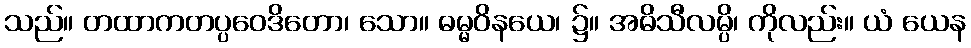
သည်။ တထာကတပ္ပဝေဒိတော၊ သော။ ဓမ္မဝိနယေ၊ ၌။ အဓိသီလမ္ပိ၊ ကိုလည်း။ ယံ ယေန